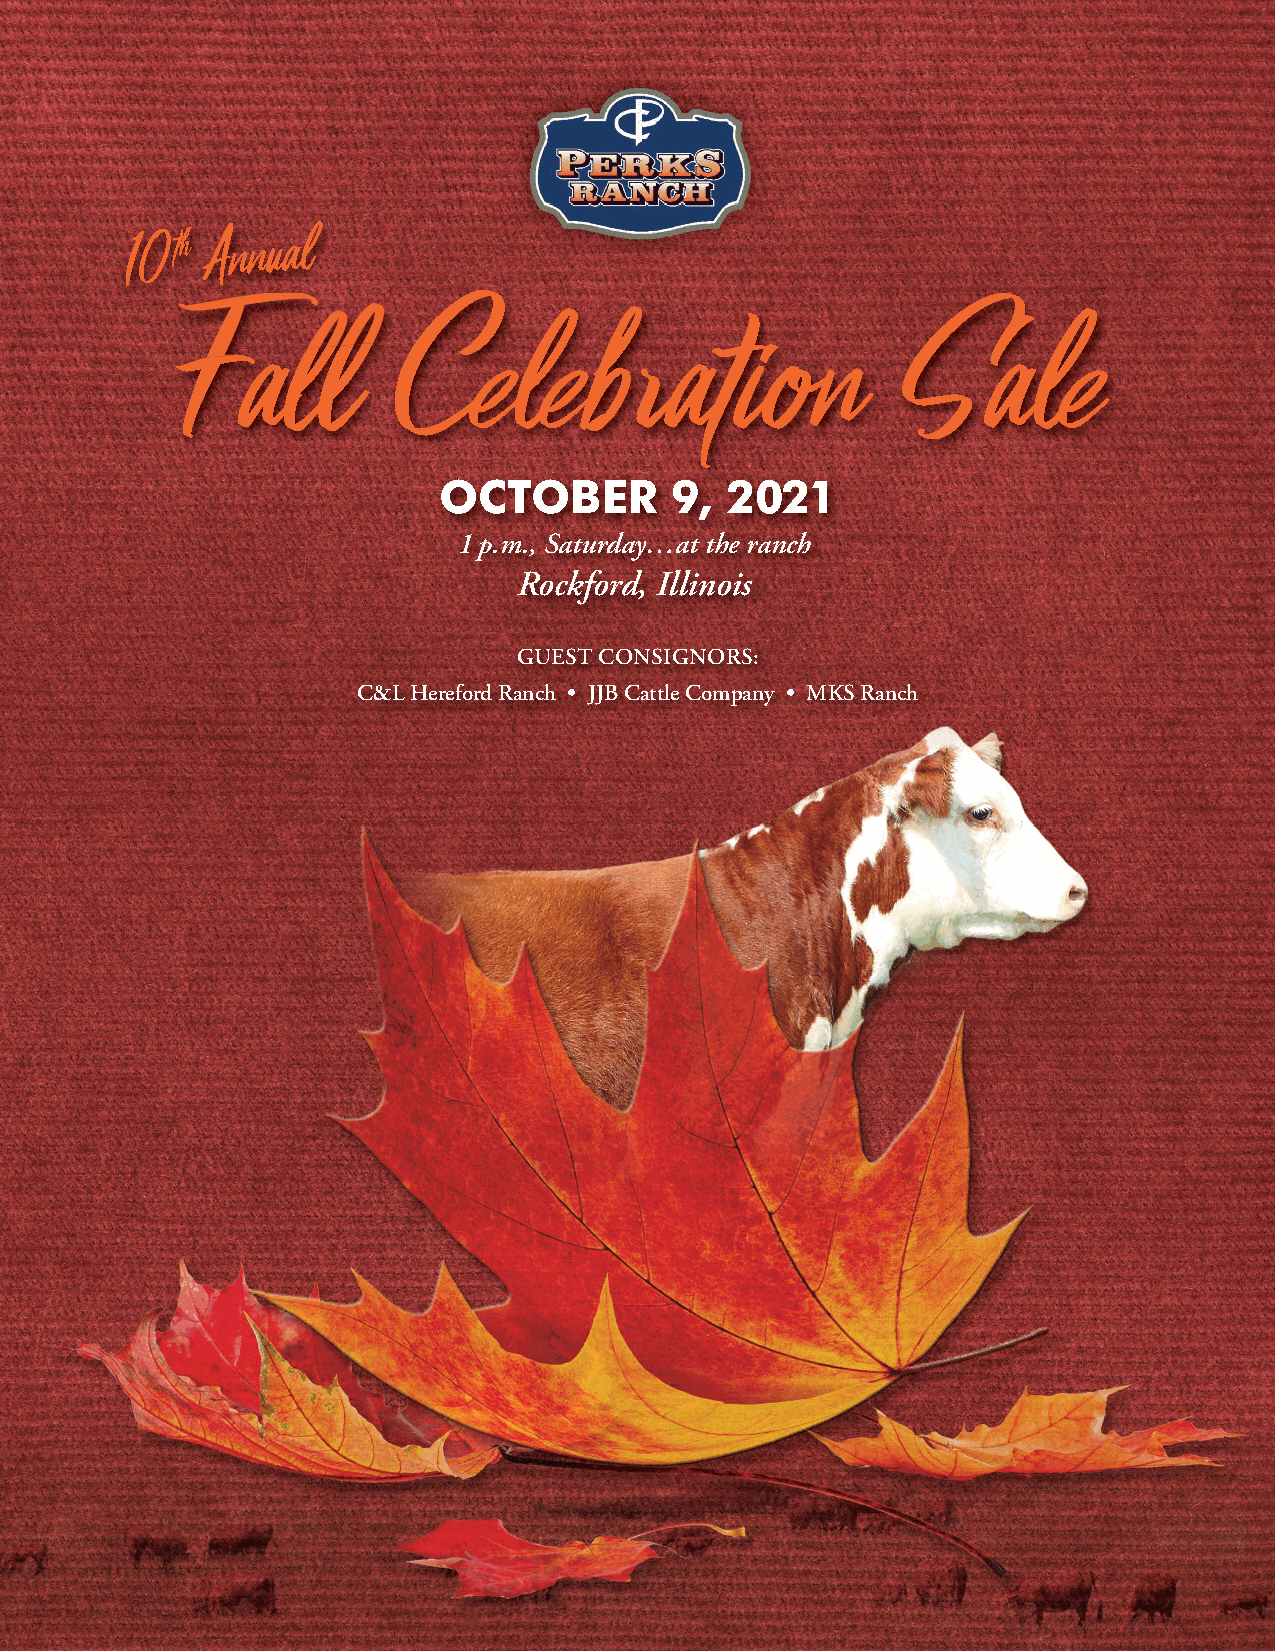
1 0 th
 Annua  l
 Fa           Celebration                       Sale
 OCTOBER        9,  2021
 1p.m., Saturday…at the ranch
 Rockford, Illinois
 Guest ConsiGnors:
 C&L Hereford ranch • JJB Cattle Company • MKs ranch